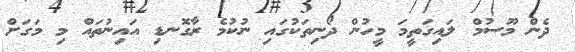
ދެން މޫސުމް ލައިގަތީމަ މީހުން ދޯނިތަކުގައި ނުކުމެ ރާގޮނޑި އައިނުތައް މި މަގަށް